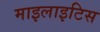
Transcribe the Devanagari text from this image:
माइलाइटिस